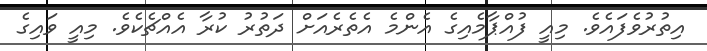
އިތުރުވެފައެވެ. މިއީ ފުއްޕާމެއިގެ އެންމެ އެތެރެއަށް ދަތުރު ކުރާ އެއްޗެކެވެ. މިއީ ވައިގެ